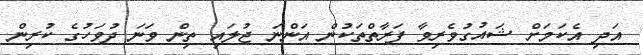
އަދި އެކަމަށް ޝައުގުވެރިވާ ފަރާތްތަކުން އަންނަ ޖުލައި ތިން ވަނަ ދުވަހުގެ ކުރިން